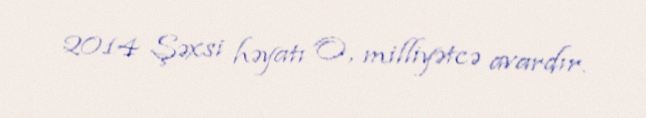
2014 Şəxsi həyatı O, milliyətcə avardır.